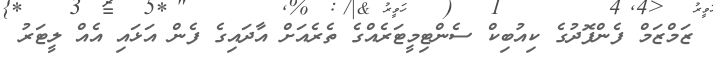
ޒަމްޒަމް ފެންފޮދުގެ ކިއުބިކް ސެންޓިމީޓަރެއްގެ ތެރެއަށް އާދައިގެ ފެން އަޅައި އެއް ލީޓަރު